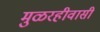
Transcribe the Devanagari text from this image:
मुळरहीवासी